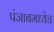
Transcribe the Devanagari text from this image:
पंजाबमध्येच